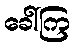
ခေါ်ကြ